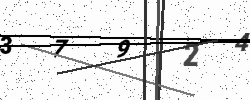
Text: 37924